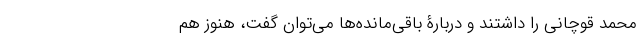
محمد قوچانی را داشتند و دربارۀ باقی‌مانده‌ها می‌توان گفت، هنوز هم